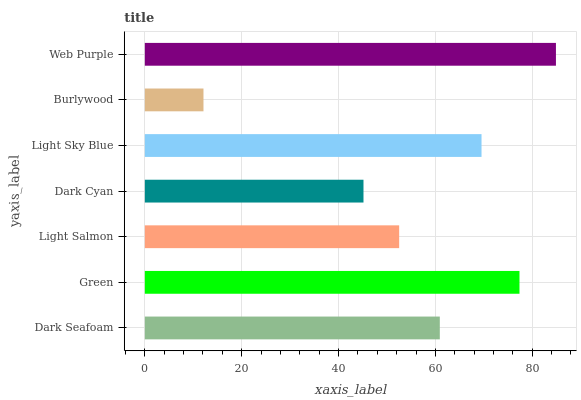
| yaxis_label | bars |
 | --- | --- |
 | Dark Seafoam | 60.9 |
 | Green | 77.4 |
 | Light Salmon | 52.5 |
 | Dark Cyan | 45.2 |
 | Light Sky Blue | 69.5 |
 | Burlywood | 12.1 |
 | Web Purple | 84.9 |